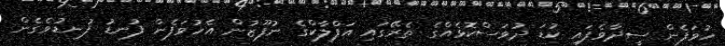
ހުވަފެން ސީދާވެފައި ކުޑަ ދުވަސްކޮޅެއްގެ ތެރޭގައި އަފްލާކްގެ ނުފޫޒުން އެހުވަފެން ފުނޑު ފުނޑުވެގެން